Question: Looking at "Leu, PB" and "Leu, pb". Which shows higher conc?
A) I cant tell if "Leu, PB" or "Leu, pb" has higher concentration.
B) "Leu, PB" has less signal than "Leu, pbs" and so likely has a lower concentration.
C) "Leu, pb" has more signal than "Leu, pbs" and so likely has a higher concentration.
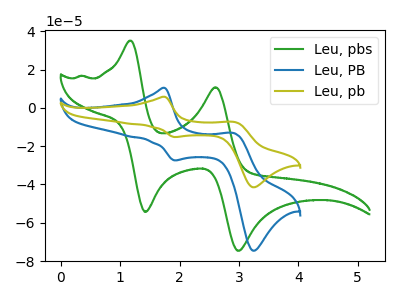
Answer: <think>The green curve "Leu, pbs" has anodic peaks at (1.20V, 35.05uA) (2.60V, 10.75uA) and cathodic peaks at (1.40V, -54.35uA) (3.00V, -74.65uA). The blue curve "Leu, PB" has anodic peaks at (1.75V, 10.40uA) (2.95V, -13.30uA) and cathodic peaks at (1.90V, -27.40uA) (3.25V, -74.55uA). The olive curve "Leu, pb" has anodic peaks at (1.75V, 5.80uA) (2.95V, -7.40uA) and cathodic peaks at (1.90V, -15.25uA) (3.25V, -41.50uA).
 All the peaks in "Leu, PB" have a peak in "Leu, pb" at the same potential.</think>
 <answer>A) I cant tell if "Leu, PB" or "Leu, pb" has higher concentration.</answer>
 <eval>A</eval>